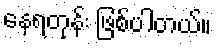
နေရတုန်း ဖြစ်ပါတယ်။